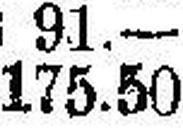
175.50